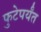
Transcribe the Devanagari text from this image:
फुटेपर्यंत